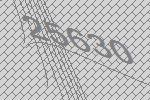
25630